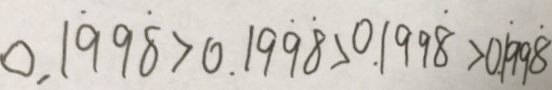
0 . 1 \dot { 9 } 9 \dot { 8 } > 0 . 1 9 \dot { 9 } \dot { 8 } > 0 . 1 9 9 \dot { 8 } > 0 . 1 \dot { 9 } 9 \dot { 8 }